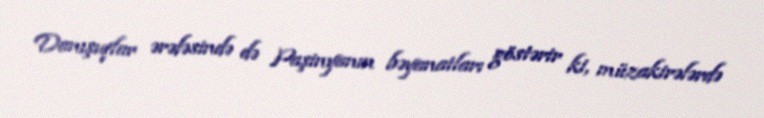
Danışıqlar ərəfəsində də Paşinyanın bəyanatları göstərir ki, müzakirələrdə